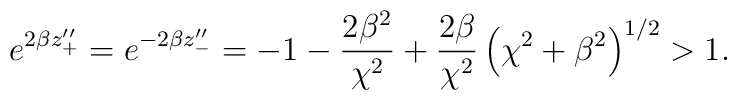
e^{2\beta z''_{+}}=e^{-2\beta z''_{-}}=  -1 -  \frac{2\beta^2}{\chi^2} + \frac{2\beta}{\chi^2} \left(\chi^2+\beta^2\right)^{1/2}  > 1.